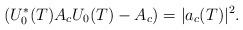
LaTeX: \begin{align*}\left(U_{0}^{\ast}(T)A_{c}U_{0}(T)-A_{c}\right)=\vert a_{c}(T)\vert^{2}.\end{align*}